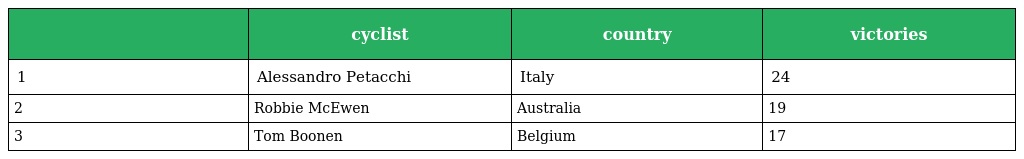
|  | cyclist | country | victories |
 | --- | --- | --- | --- |
 | 1 | Alessandro Petacchi | Italy | 24 |
 | 2 | Robbie McEwen | Australia | 19 |
 | 3 | Tom Boonen | Belgium | 17 |